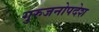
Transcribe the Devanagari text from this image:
गुरुजनोपदेश